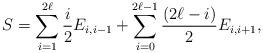
LaTeX: \begin{align*}S= \sum_{i=1}^{2\ell}\frac{i}{2} E_{i,i-1} + \sum_{i=0}^{2\ell-1} \frac{(2\ell-i)}{2} E_{i,i+1},\end{align*}